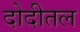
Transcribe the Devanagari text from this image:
दोदीतल